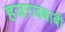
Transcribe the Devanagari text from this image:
हजरजबाबी